Report of the Bombay Plague Committee
Disease focus: Plague
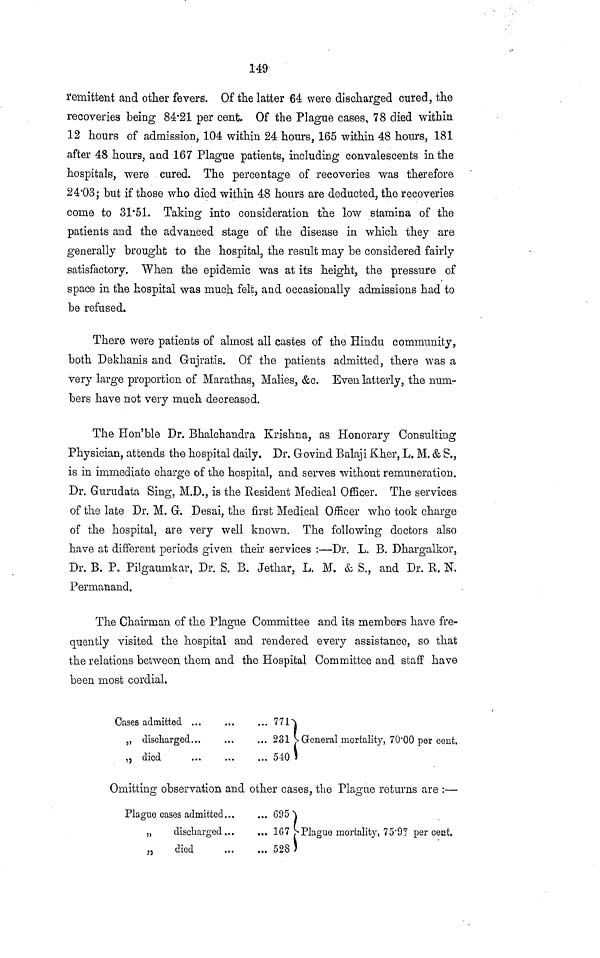
149
remittent and other fevers. Of the latter 64 were discharged cured, the
recoveries being 84.21 per cent. Of the Plague cases, 78 died within
12 hours of admission, 104 within 24 hours, 165 within 48 hours, 181
after 48 hours, and 167 Plague patients, including convalescents in the
hospitals, were cured. The percentage of recoveries was therefore
24.03; but if those who died within 48 hours are deducted, the recoveries
come to 31.51. Taking into consideration the low stamina of the
patients and the advanced stage of the disease in which they are
generally brought to the hospital, the result may be considered fairly
satisfactory. When the epidemic was at its height, the pressure of
space in the hospital was much felt, and occasionally admissions had to
be refused.
There were patients of almost all castes of the Hindu community,
both Dekhanis and Gujratis. Of the patients admitted, there was a
very large proportion of Marathas, Malíes, &c. Even latterly, the num-
bers have not very much decreased.
The Hon'blé Dr. Bhalchandra Krishna, as Honorary Consulting
Physician, attends the hospital daily. Dr. Govind Balaji Kher, L. M. & S.,
is in immediate charge of the hospital, and serves without remuneration.
Dr. Gurudata Sing, M.D., is the Resident Medical Officer. The services
of the late Dr. M. G. Desai, the first Medical Officer who took charge
of the hospital, are very well known. The following doctors also
have at different periods given their services :—Dr. L. B. Dhargalkor,
Dr. B. P. Pilgaumkar, Dr. S. B. Jethar, L, M. & S., and Dr. E. N.
Permanand.
The Chairman of the Plague Committee and its members have fre-
quently visited the hospital and rendered every assistance, so that
the relations between them and the Hospital Committee and staff have
been most cordial.
Cases admitted
„ discharged
,j died
. ..
...
...
...
... 771
... 231
... 540
General mortality, 70'00 per cent,
Omitting observation and other cases, the Plague returns are :—
Plaguo cases admitted...
„
discharged...
, 3
died
... 695
... 167
... 528 .
S Plaguo mortality, 75.97 per cent.